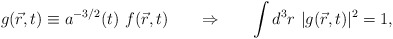
\begin{align*}g (\vec r, t) \equiv a^{-3/2} (t) \ f (\vec r, t) \hspace{0.75cm} \Rightarrow \hspace{0.75cm} \int d^3 r \ | g (\vec r, t) |^2 = 1,\end{align*}